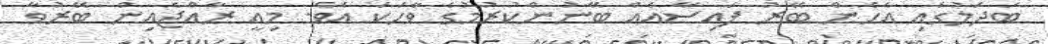
ބަދަލުގައި އެހެން ބޭރު ފައިސާއެއް ބޭނުންކުރުމުގެ ވާހަކަ އެވެ. މިއީ ރާއްޖެއިން ބޭރުވާ